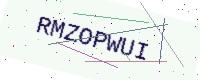
Text: RMZOPWUI